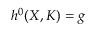
h ^ { 0 } ( X , K ) = g